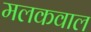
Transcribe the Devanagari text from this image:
मलकवाल